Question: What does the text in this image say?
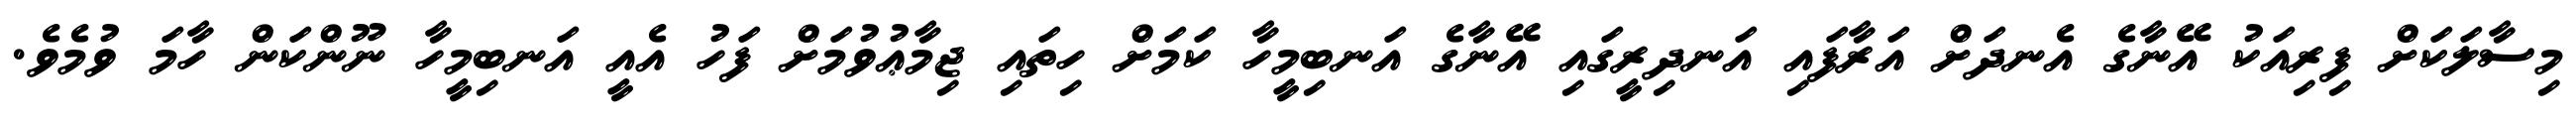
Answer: މިސާލަކަށް ފިރިއަކު އޭނާގެ އެނދަށް އަރާފައި އަނދިރީގައި އޭނާގެ އަނބިމީހާ ކަމަށް ހިތައި ޖިމާޢުވުމަށް ފަހު އެއީ އަނބިމީހާ ނޫންކަން ހާމަ ވުމެވެ.